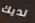
لديك